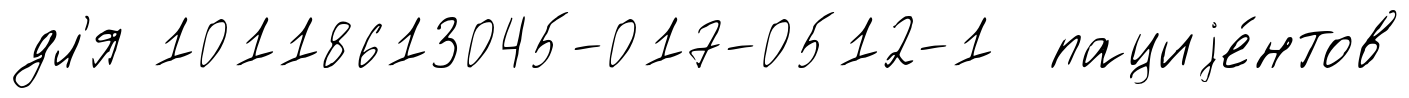
дл'я 10118613045-017-0512-1 пациjе́нтов